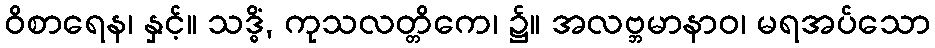
ဝိစာရေန၊ နှင့်။ သဒ္ဓိံ, ကုသလတ္တိကေ၊ ၌။ အလဗ္ဘမာနာဝ၊ မရအပ်သော